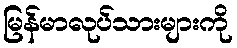
မြန်မာလုပ်သားများကို